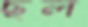
ছল